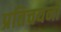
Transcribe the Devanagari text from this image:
प्रतिचयनों